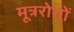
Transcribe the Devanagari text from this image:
मूत्ररोगों